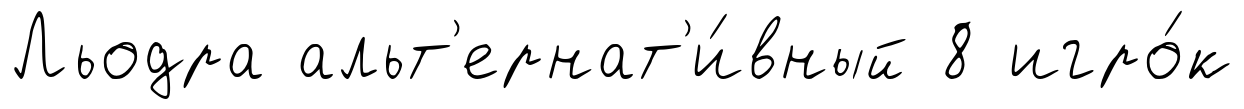
Льодра альт'ернат'и́вный 8 игро́к